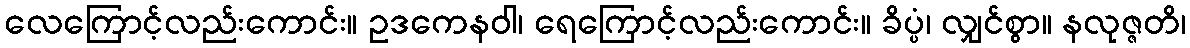
လေကြောင့်လည်းကောင်း။ ဥဒကေနဝါ၊ ရေကြောင့်လည်းကောင်း။ ခိပ္ပံ၊ လျှင်စွာ။ နလုဇ္ဇတိ၊